Annual administration report of the Civil Veterinary Department of India - 1899-1900
Year: 1899
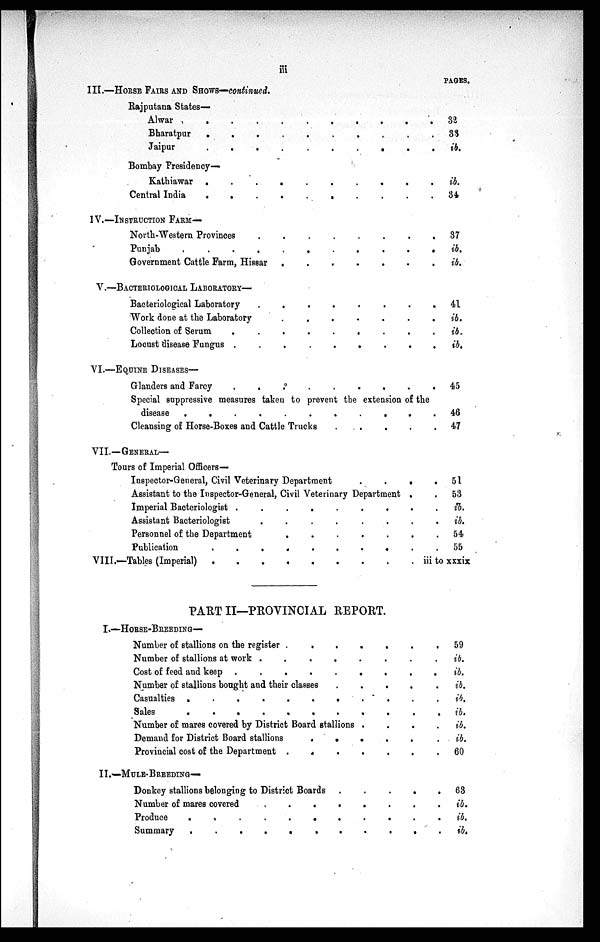
iii
III.—HORSE FAIRS AND SHOWS—continued.
Rajputana States—
Alwar
.
.
.
.
.
.
.
Bharatpur
.
.
.
.
.
.
.
.
.
Jaipur
.
.
.
.
.
Bombay Presidency—
Kathiawar .
.
.
.
.
.
.
.
.
Central India
.
.
.
.
.
.
.
.
.
IV.—INSTRUCTION FARM—
North-Western Provinces
.
.
.
.
.
.
.
Punjab
.
.
.
.
.
.
.
Government Cattle Farm, Hissar
.
.
.
.
.
.
V.—BACTERIOLOGICAL LABORATORY—
Bacteriological Laboratory
.
.
.
.
.
.
.
Work done at the Laboratory
.
.
.
.
.
.
Collection of Serum
.
.
.
.
.
.
.
.
Locust disease Fungus ..
.
.
.
.
.
.
VI.—EQUINE DISEASES—
Glanders and Farcy
.
.
.
.
.
.
.
.
PAGES.
32
33
ib.
ib.
34
37
ib.
ib.
41
ib.
ib.
ib.
45
Special suppressive measures taken to prevent the extension of the
disease
.
.
.
.
.
.
.
.
.
.
Cleansing of Horse-Boxes and Cattle Trucks . . . . . . .
VII.—GENERAL—
Tours of Imperial Officers—
Inspector-General, Civil Veterinary Department
.
.
.
Assistant to the Inspector-General, Civil Veterinary Department .
Imperial Bacteriologist .
.
.
.
.
.
.
.
Assistant Bacteriologist
..
.
.
.
.
.
Personnel of the Department
.
.
.
.
.
.
Publication
.
.
.
.
.
.
.
.
.
VIII.—Tables (Imperial)
.
.
.
.
.
.
.
.
.
PART II—PROVINCIAL REPORT.
I.—HORSE-BREEDING—
Number of stallions on the register .
.
.
.
.
.
Number of stallions at work .
.
.
.
.
.
.
Cost of feed and keep .
.
.
.
.
.
.
.
Number of stallions bought and their classes
.
.
.
.
Casualties .
.
.
.
.
.
.
.
.
.
Sales
.
.
.
.
.
.
.
.
.
.
Number of mares covered by District Board stallions .
Demand for District Board stallions . . . . . . . . . .
Provincial cost of the Department . . . . . . . . . .
II.—MULE-BREEDING—
Donkey stallions belonging to District Boards . . . . . . . . . .
Number of mares covered
.
.
.
.
.
.
.
.
.
.
Produce
.
.
.
.
.
.
.
.
.
.
Summary
.
.
.
.
.
.
.
.
.
.
46
47
51
53
ib.
ib.
54
55
iii to xxxix
59
ib.
ib.
ib.
ib.
ib.
ib.
ib.
60
63
ib.
ib.
ib.